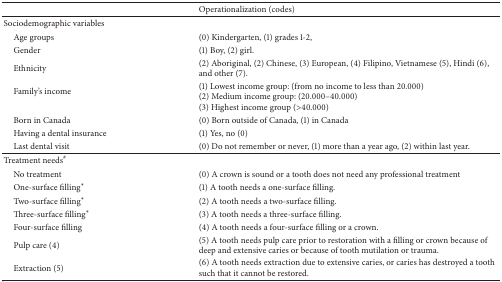
<table><thead><tr><td>[EMPTY_CELL]</td><td><b>Operationalization (codes) </b></td></tr></thead><tbody><tr><td>Sociodemographic variables</td><td>[EMPTY_CELL]</td></tr><tr><td> Age groups</td><td>(0) Kindergarten, (1) grades 1-2,</td></tr><tr><td> Gender</td><td>(1) Boy, (2) girl.</td></tr><tr><td> Ethnicity</td><td>(2) Aboriginal, (2) Chinese, (3) European, (4) Filipino, Vietnamese (5), Hindi (6), and other (7). </td></tr><tr><td> Family's income </td><td>(1) Lowest income group: (from no income to less than 20.000) (2) Medium income group: (20.000–40.000) (3) Highest income group (&gt;40.000) </td></tr><tr><td> Born in Canada </td><td>(0) Born outside of Canada, (1) in Canada</td></tr><tr><td> Having a dental insurance</td><td>(1) Yes, no (0)</td></tr><tr><td> Last dental visit</td><td>(0) Do not remember or never, (1) more than a year ago, (2) within last year.</td></tr><tr><td>Treatment needs<sup>#</sup></td><td>[EMPTY_CELL]</td></tr><tr><td> No treatment</td><td>(0) A crown is sound or a tooth does not need any professional treatment</td></tr><tr><td> One-surface filling*</td><td>(1) A tooth needs a one-surface filling. </td></tr><tr><td> Two-surface filling*</td><td>(2) A tooth needs a two-surface filling.</td></tr><tr><td> Three-surface filling*</td><td>(3) A tooth needs a three-surface filling.</td></tr><tr><td> Four-surface filling</td><td>(4) A tooth needs a four-surface filling or a crown.</td></tr><tr><td> Pulp care (4)</td><td>(5) A tooth needs pulp care prior to restoration with a filling or crown because of deep and extensive caries or because of tooth mutilation or trauma. </td></tr><tr><td> Extraction (5)</td><td>(6) A tooth needs extraction due to extensive caries, or caries has destroyed a tooth such that it cannot be restored. </td></tr></tbody></table>